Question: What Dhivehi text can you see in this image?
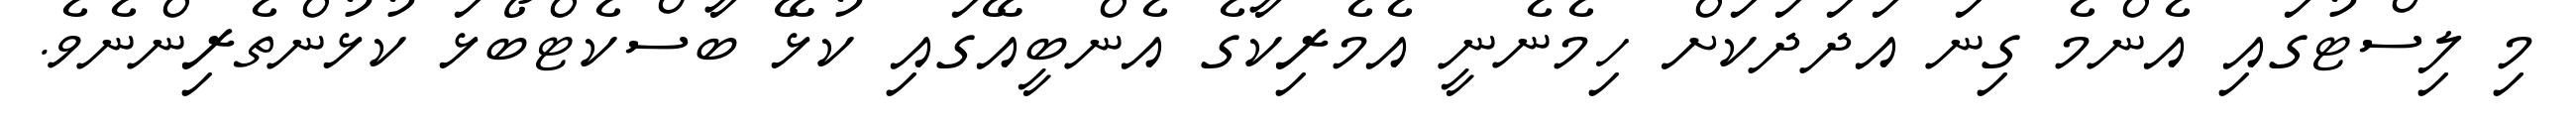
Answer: މި ލިސްޓުގައި އެންމެ ގިނަ އަދަދަކަށް ހިމެނެނީ އެމެރިކާގެ އެންބީއޭގައި ކުޅޭ ބާސްކެޓްބޯޅަ ކުޅުންތެރިންނެވެ.